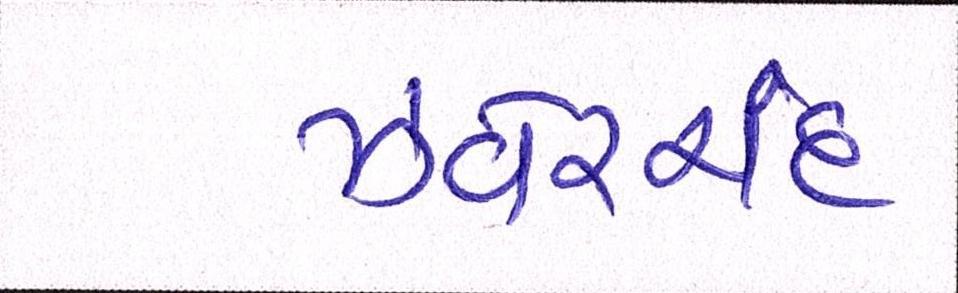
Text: ઝવેરચંદ